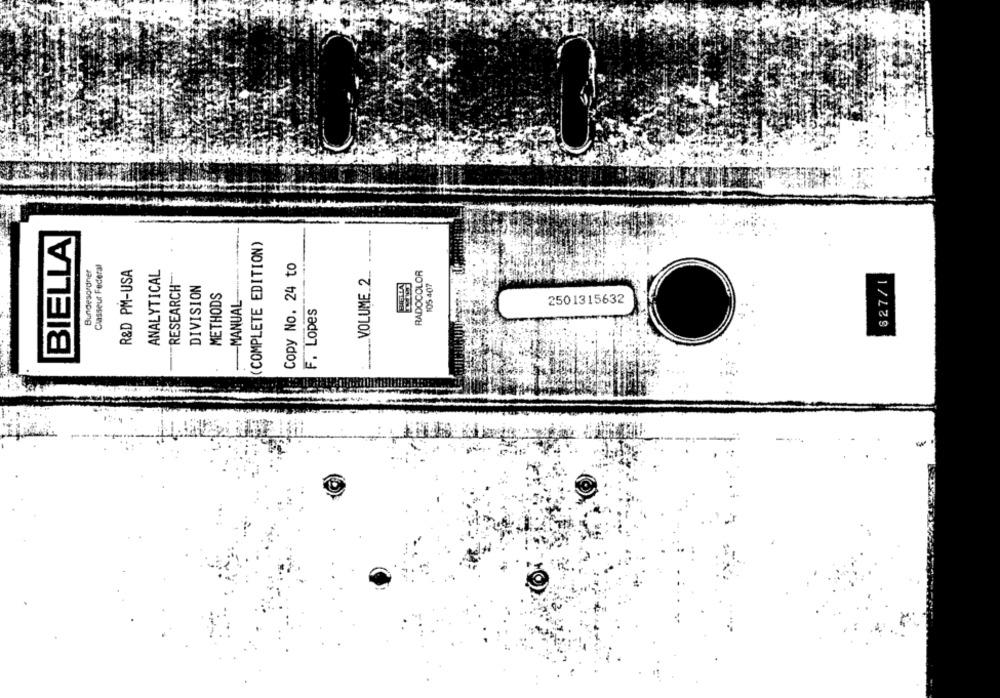
----
BIELLA
(COMPLETE EDITION)
Classeur Federal
Copy No. 24 to
Bundesordner
R&D PM-USA
ANALYTICAL
VOLUME.2 ...
RADOCOLOR
RESEARCH
DIVISION
105 407
$27/1
METHODS
-MANUAL
F. Lopes
2501315632